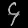
Digit: ၄